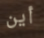
أين